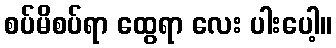
စပ်မိစပ်ရာ ထွေရာ လေး ပါးပေါ့။